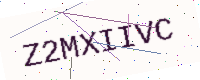
Text: Z2MXIIVC